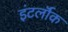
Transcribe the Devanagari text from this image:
इंटर्लॉक